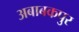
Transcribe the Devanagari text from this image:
अबाबकपुर